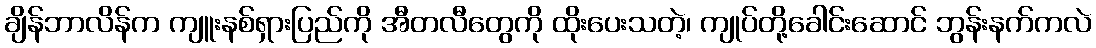
ချိန်ဘာလိန်က ကျူးနစ်ရှားပြည်ကို အီတလီတွေကို ထိုးပေးသတဲ့၊ ကျုပ်တို့ခေါင်းဆောင် ဘွန်းနက်ကလဲ